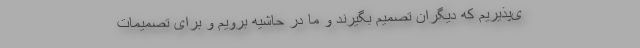
ی‌پذیریم که دیگران تصمیم بگیرند و ما در حاشیه برویم و برای تصمیمات